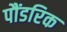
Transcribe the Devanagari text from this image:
पौंडरिक